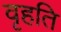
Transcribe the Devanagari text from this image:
वृहति